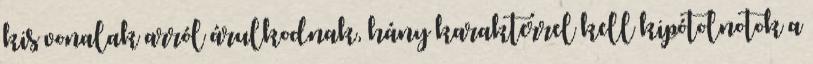
kis vonalak arról árulkodnak, hány karakterrel kell kipótolnotok a